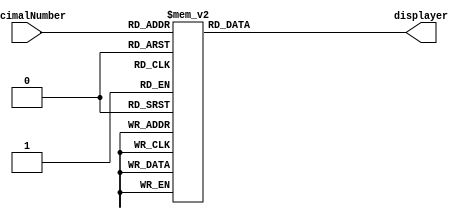
module displayNumber(
	input [3:0] decimalNumber,
	output reg [0:6] displayer);
	always @(*)
		case (decimalNumber)
			4'b0000: displayer = 7'b0000001;
			4'b0001: displayer = 7'b1001111;
			4'b0010: displayer = 7'b0010010;
			4'b0011: displayer = 7'b0000110;
			4'b0100: displayer = 7'b1001100;
			4'b0101: displayer = 7'b0100100;
			4'b0110: displayer = 7'b0100000;
			4'b0111: displayer = 7'b0001111;
			4'b1000: displayer = 7'b0000000;
			4'b1001: displayer = 7'b0000100;
			default: displayer = 7'b1111111;
		endcase
endmodule


module binary_7_bits_BCD (
	input [9:0] SW,
	output [0:6] HEX0,HEX1,HEX2, output [9:0] LEDR);
	
	assign LEDR = SW;
	
	integer enteredInput,tenModulo,tenMultiple,hundredMultiple;
	
	always @(SW[6:0])
		enteredInput = SW[6:0];
		
	reg [3:0] moduloTen,multipleTen,multipleHundred;
	
	always @(*)
		begin
         tenModulo = enteredInput%10; 
         tenMultiple = enteredInput/10;
			hundredMultiple = enteredInput/100;
			case (tenModulo)
				0: moduloTen = 4'b0000;
				1: moduloTen = 4'b0001;
				2: moduloTen = 4'b0010;
				3: moduloTen = 4'b0011;
				4: moduloTen = 4'b0100;
				5: moduloTen = 4'b0101;
				6: moduloTen = 4'b0110;
				7: moduloTen = 4'b0111;
				8: moduloTen = 4'b1000;
				9: moduloTen = 4'b1001;
				default: moduloTen = 4'b1111;
			endcase
			case (tenMultiple)
				0: multipleTen = 4'b0000;
				1: multipleTen = 4'b0001;
				2: multipleTen = 4'b0010;
				3: multipleTen = 4'b0011;
				4: multipleTen = 4'b0100;
				5: multipleTen = 4'b0101;
				6: multipleTen = 4'b0110;
				7: multipleTen = 4'b0111;
				8: multipleTen = 4'b1000;
				9: multipleTen = 4'b1001;
				default: multipleTen = 4'b1111;
			endcase
			case (hundredMultiple)
				1: multipleHundred = 4'b0001;
				default: multipleHundred = 4'b1111;
			endcase
		end
	
	displayNumber displayHexZero(moduloTen,HEX0);
	displayNumber displayHexOne(multipleTen,HEX1);
	displayNumber displayHexTwo(multipleHundred,HEX2);

endmodule